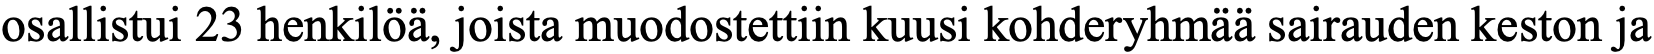
osallistui 23 henkilöä, joista muodostettiin kuusi kohderyhmää sairauden keston ja